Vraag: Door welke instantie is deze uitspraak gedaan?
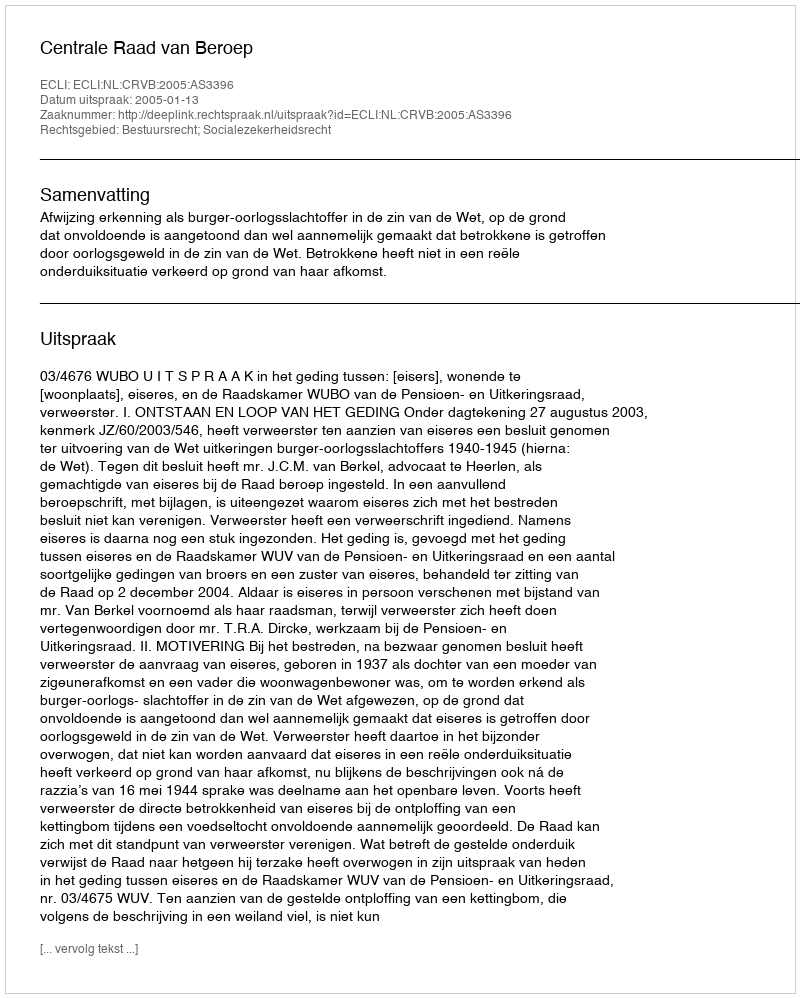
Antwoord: Centrale Raad van Beroep